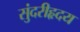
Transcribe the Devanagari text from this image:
सुंदरीहृदय